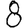
Digit: 8